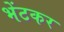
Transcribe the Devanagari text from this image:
भेंटकर